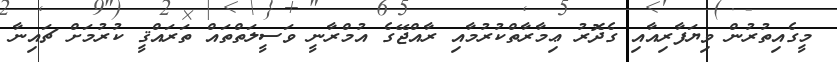
މީގެއިތުރުން ވިޔަފާރިއާއި ގެދޮރު ޢިމާރާތްކުރުމާއި ރާއްޖޭގެ އުމްރާނީ ވަސީލަތްތައް ތަރައްޤީ ކުރުމަށް ޗައިނާ